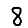
Digit: 8